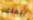
للفنون